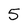
Character: 5